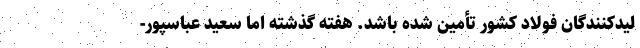
لیدکنندگان فولاد کشور تأمین شده باشد. هفته گذشته اما سعید عباسپور-